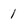
Character: 1